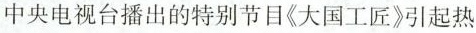
中央电视台播出的特别节目《大国工匠》引起热